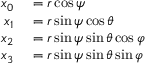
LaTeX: \begin{array} { r l } { x _ { 0 } } & { { } = r \cos \psi } \\ { x _ { 1 } } & { { } = r \sin \psi \cos \theta } \\ { x _ { 2 } } & { { } = r \sin \psi \sin \theta \cos \varphi } \\ { x _ { 3 } } & { { } = r \sin \psi \sin \theta \sin \varphi } \end{array}